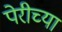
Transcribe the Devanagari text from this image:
पेरीच्या